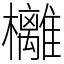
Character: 㰚